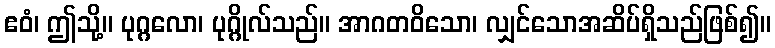
ဧဝံ၊ ဤသို့။ ပုဂ္ဂလော၊ ပုဂ္ဂိုလ်သည်။ အာဂတဝိသော၊ လျှင်သောအဆိပ်ရှိသည်ဖြစ်၍။